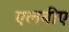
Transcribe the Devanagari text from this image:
एलबीए